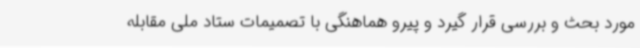
مورد بحث و بررسی قرار گیرد و پیرو هماهنگی با تصمیمات ستاد ملی مقابله